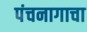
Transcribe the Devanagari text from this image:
पंचनागाचा